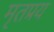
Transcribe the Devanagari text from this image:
मृतप्रय